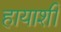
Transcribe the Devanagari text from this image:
हायाशी